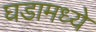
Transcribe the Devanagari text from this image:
घडामध्ये